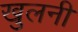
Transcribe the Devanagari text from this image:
खुलनी